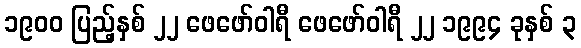
၁၉၀၀ ပြည့်နှစ် ၂၂ ဖေဖော်ဝါရီ ဖေဖော်ဝါရီ ၂၂ ၁၉၉၄ ခုနှစ် ၃